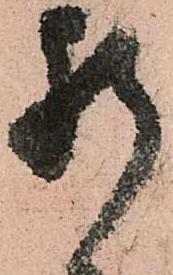
肝